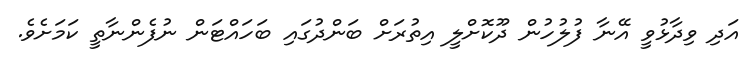
އަދި ވިދާޅުވީ އޭނާ ފުލުހުން ދޫކޮށްލީ އިތުރަށް ބަންދުގައި ބަހައްޓަން ނުފެންނާތީ ކަމަށެވެ.